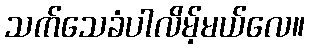
သက်သေခံပါလိမ့်မယ်လေ။